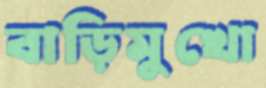
বাড়িমুখো